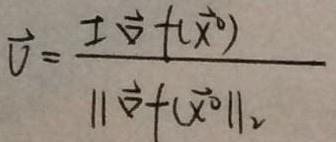
$\vec{v}=\frac{\mathcal{I}\vec{v}f(\vec{x}^0)}{\|\vec{v}f(\vec{x}^0)\|_2}$